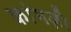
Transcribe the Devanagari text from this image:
कांगज़ी